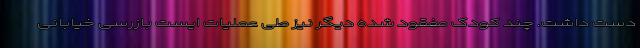
دست داشت. چند کودک مفقود شده دیگر نیز طی عملیات ایست بازرسی خیابانی